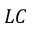
L C